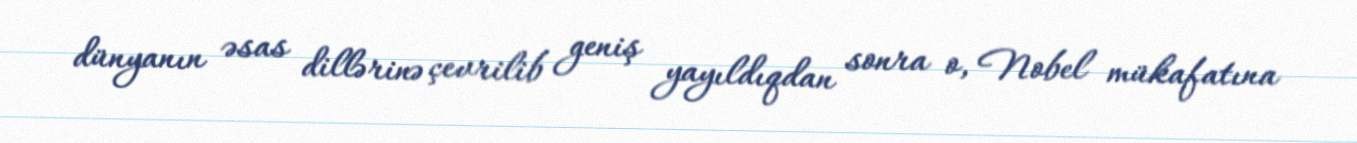
dünyanın əsas dillərinə çevrilib geniş yayıldıqdan sonra o, Nobel mükafatına